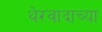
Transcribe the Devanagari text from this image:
थेरवादाच्या